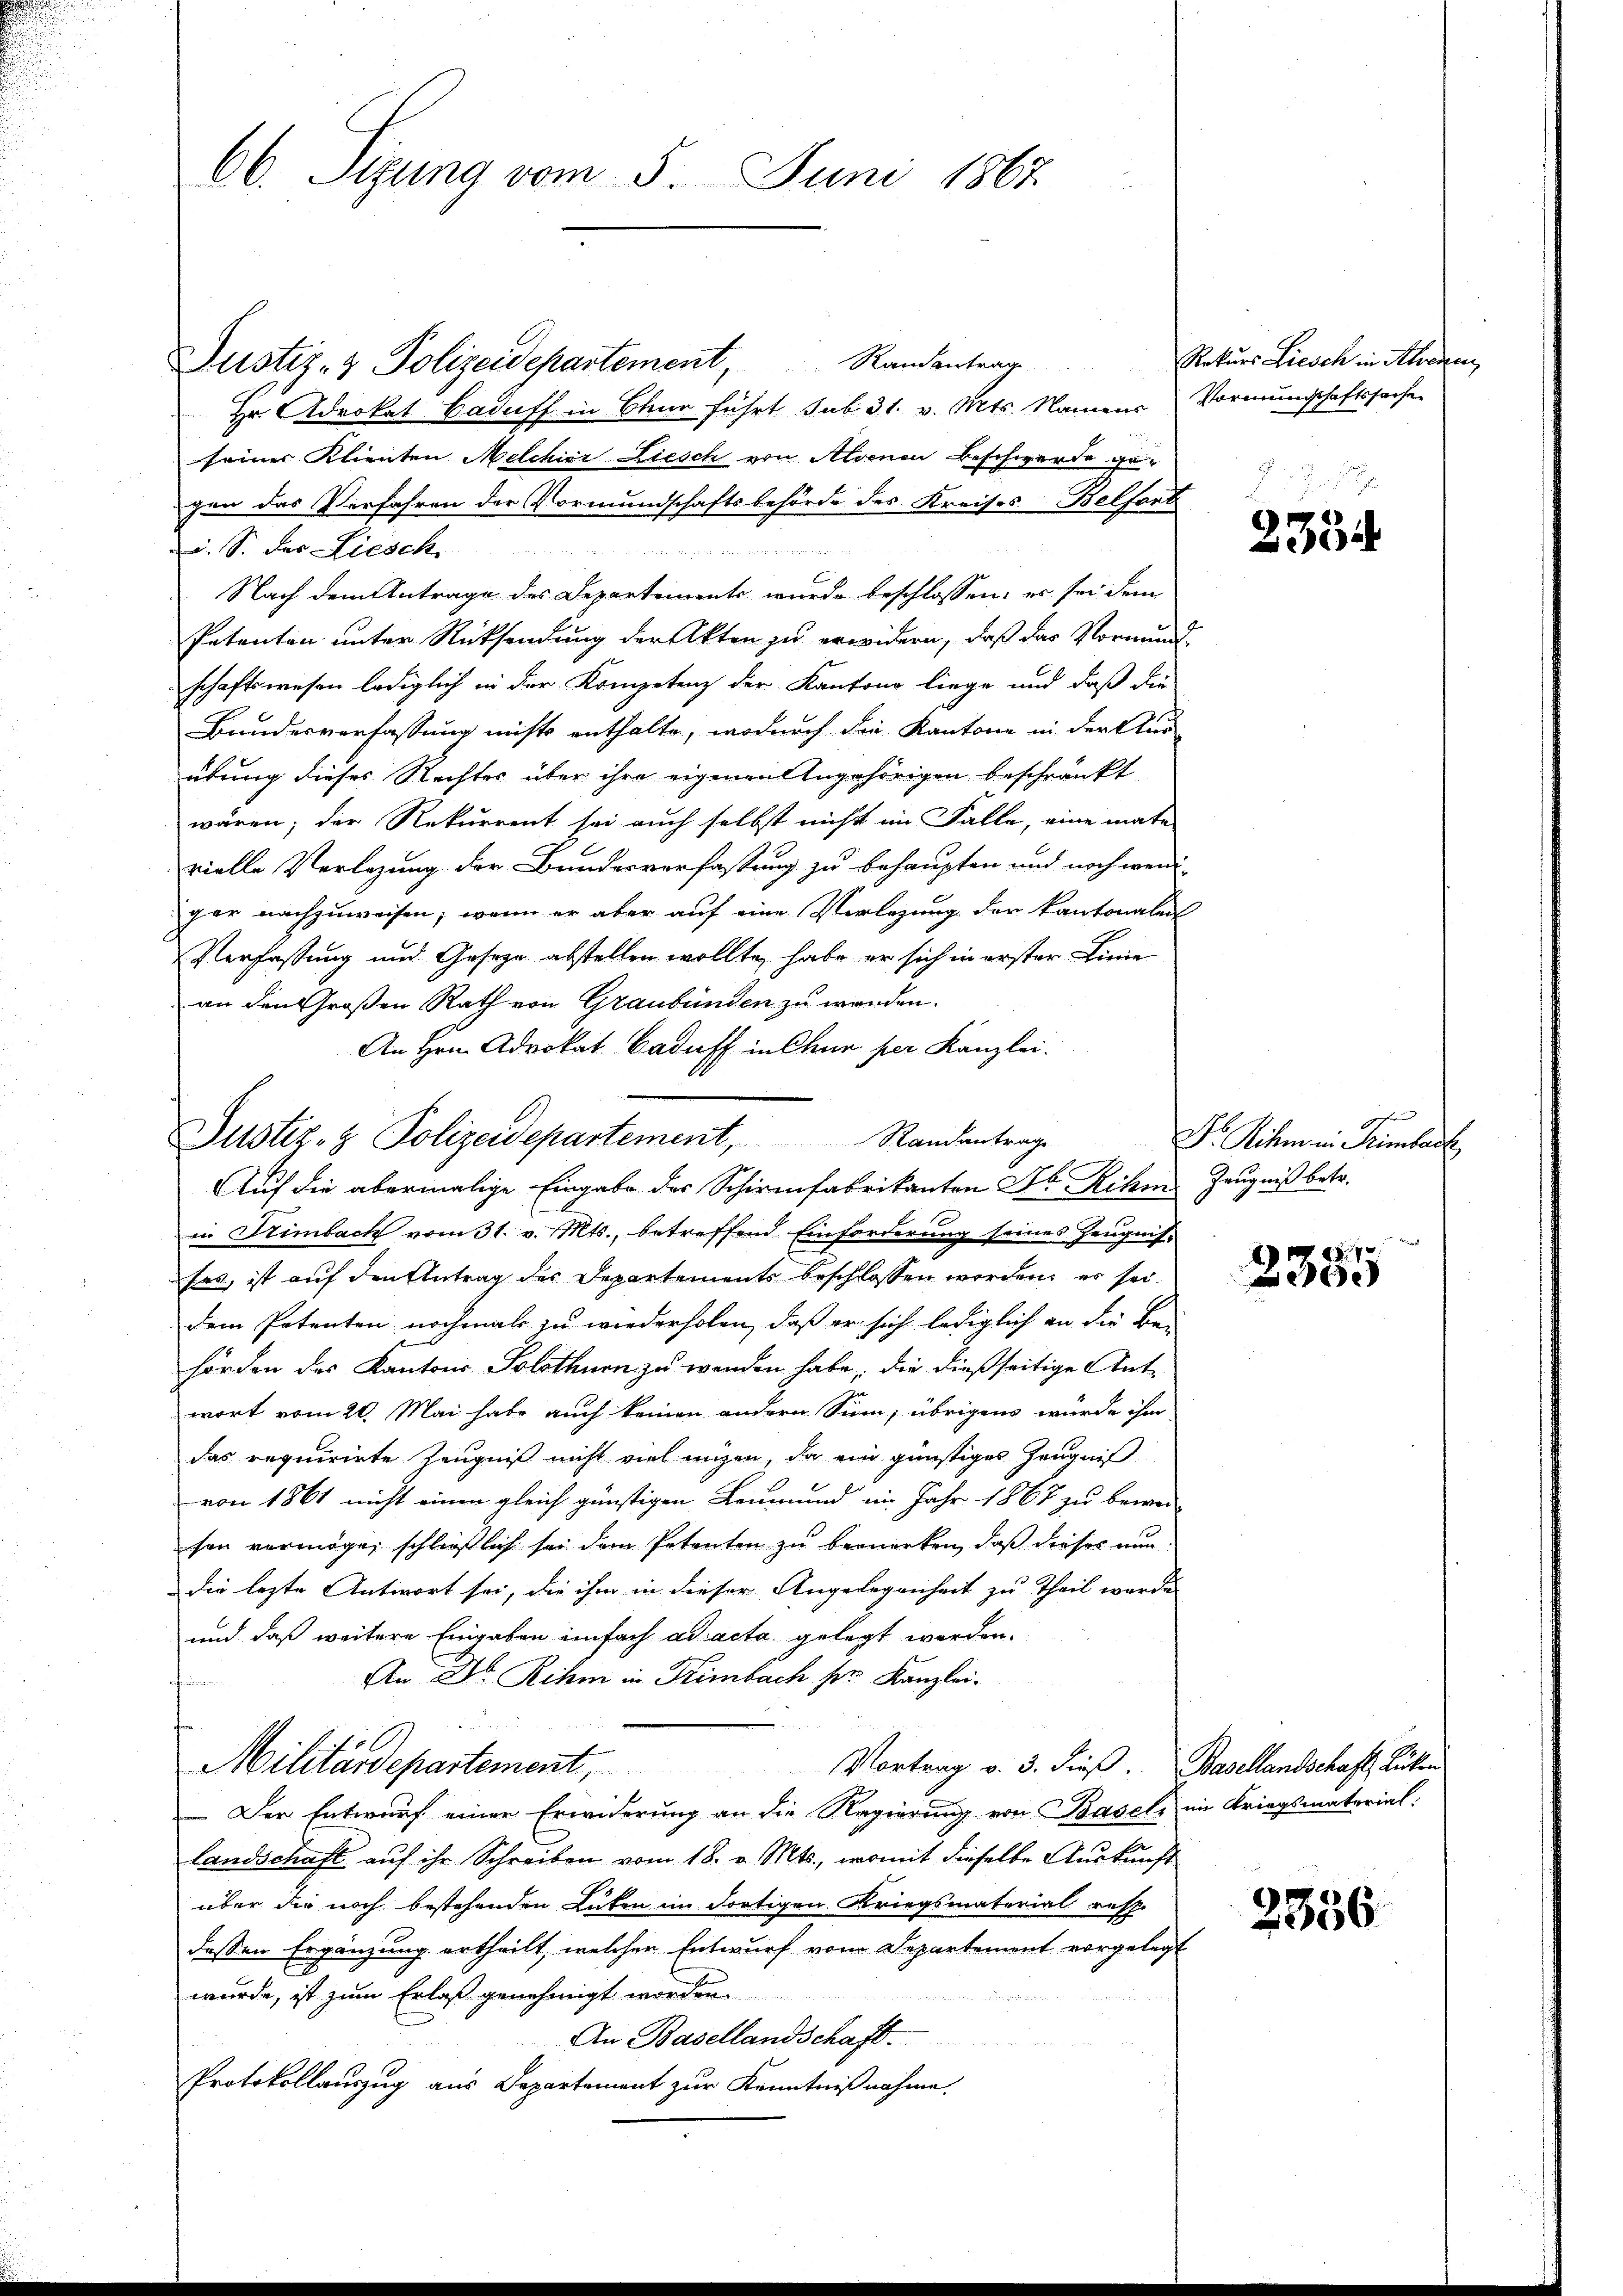
66. Sizung vom 5. Juni 1867.

Justiz- & Polizeidepartement, Randantrage
Hr. Advokat Caduff in Chur führt sub 31. v. Mts. Namens Vormundschaftssache
seiner Klienten Melchior Liesch von Mienen Beschwerde gegen das Verfahren der Vormundschaftsbehörde des Kreises Belfort
u. S. der Liesch
Nach dem Antrage des Departements wurde beschlossen, es sei dem
Petenten unter Rücksendung der Akten zu erwidern, daß das Vormund-
schaftswesen lediglich in der Kompetenz der Kantone liege und daß die
Bundesverfassung nichts enthalte, wodurch die Kantone in der Aus-
übung dieses Rechter über ihre eigenen Angehörigen beschränkt
wären; der Rekurrent sei auch selbst nicht im Falle, eine mate
vielle Verlegung der Bundesverfassung zu behaupten und noch wenig
gar nachzuweisen; wenn er aber auf eine Vorlegung der kantonalen
Verfassung und Geseze abstellen wollte, habe er sich in erster Linie
an den Großen Rath von Graubünden zu werden.
An Hrn. Advokat Baduff in Chur per Kanzlei.
Justiz- & Polizeidepartement, Randantrage Dr. Riken in Kümber

Auf die abermalige Eingabe des Schirmfabrikanten Dr. Rehm Zeugniß betr.
1
in Krimbach vom 31. v. Mts., betreffend Einforderung seines Zeugnissas, ist auf den Antrag des Departements beschlossen worden, er sei
dem Petenten nochmals zu wiederholen, daß er sich lediglich an die Be-
hörden des Kantons Solothurn zu wenden habe, die dießseitige Antwort vom 20. Mai habe auch keinen andern Sinn, übrigens würde ihm
das requirirte Zeugniß nicht viel ungen, da ein günstiges Zeugniß
von 1861 nicht einen gleich günstigen Leumund im Jahr 1867 zu bewei-
son vermöge, schließlich sei dem Petenten zu bemerken, daß dieses nundie lezte Antwort sei, die ihm in dieser Angelegenheit zu Theil wurde |
und daß weitere Eingaben einfach ad acta gelegt werden.
An Dr. Rihm in Himbach sr. Kanzlei.
feinen
0
Militärdepartement,
Vortrag v. 3. dieß. Basellandschaft Lücken

 Der Entwurf einer Erwiderung an die Regierung von Basels im Kriegsmaterial:
Landschaft auf ihr Schreiben vom 18. v. Mts., womit dieselbe Auskunft
über die noch bestehenden Luten im dortigen Kriegsmaterialreff-
dessen Ergänzung ertheilt, welcher Entwurf vom Departement vorgelegt
wurde, ist zum Erlaß genehmigt worden.
An Basellandschaft.
Protokollauszug aus Departement zur Kenntnißnahme.

Rekurs Liesch in Alvaren,

2354

25740
2300

2356